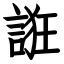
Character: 誑